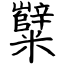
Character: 糱